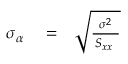
\begin{array} { r l r } { \sigma _ { \alpha } } & { { } = } & { \sqrt { \frac { \sigma ^ { 2 } } { \, S _ { x x } \ } } } \end{array}